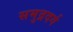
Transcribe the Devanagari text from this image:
समुद्रदर्ग